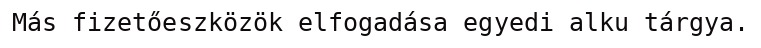
Más fizetőeszközök elfogadása egyedi alku tárgya.